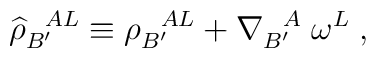
{\widehat \rho}_{B'}^{\; \; \; AL} \equiv \rho_{B'}^{\; \; \; AL}+\nabla_{B'}^{\; \; \; A} \; \omega^{L} \; ,